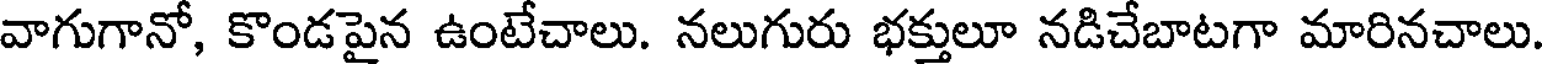
వాగుగానో, కొండపైన ఉంటేచాలు. నలుగురు భక్తులూ నడిచేబాటగా మారినచాలు